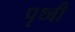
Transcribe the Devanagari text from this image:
पृथ्बी